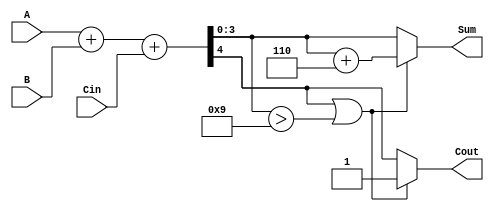
module BCD_Hybrid_Adder (
    input  wire [3:0] A,      // First BCD digit (0-9)
    input  wire [3:0] B,      // Second BCD digit (0-9)
    input  wire Cin,          // Carry input
    output reg  [3:0] Sum,    // BCD sum output
    output reg  Cout          // Carry output
);

    wire [4:0] S;            // 5-bit sum to accommodate carry
    wire correction_needed;   // Flag for correction

    // Binary addition of A, B, and Cin
    assign S = A + B + Cin;

    // Determine if correction is needed
    assign correction_needed = S[4] || (S[3:0] > 4'b1001);

    always @(*) begin
        if (correction_needed) begin
            // If correction is needed, add 6 (0110)
            Sum = S[3:0] + 4'b0110;
            Cout = 1; // Set carry out
        end else begin
            Sum = S[3:0];
            Cout = S[4]; // Carry out from the binary addition
        end
    end

endmodule